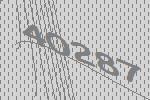
40287